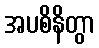
အပစိနိတွာ